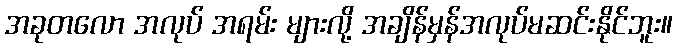
အခုတလော အလုပ် အရမ်း များလို့ အချိန်မှန်အလုပ်မဆင်းနိုင်ဘူး။